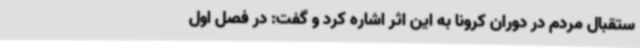
ستقبال مردم در دوران کرونا به این اثر اشاره کرد و گفت: در فصل اول